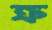
ক্র